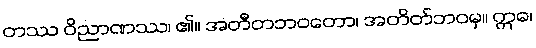
တဿ ဝိညာဏဿ၊ ၏။ အတီတဘဝတော၊ အတိတ်ဘဝမှ။ ဣဓ၊